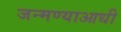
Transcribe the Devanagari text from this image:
जन्मण्याआधी